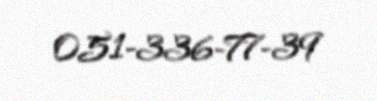
051-336-77-39